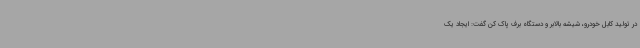
در تولید کابل خودرو، شیشه بالابر و دستگاه برف پاک کن گفت: ایجاد یک